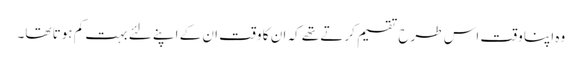
وہ اپنا وقت اس طرح تقسیم کرتے تھے کہ ان کا وقت ان کے اپنے لئے بہت کم ہوتا تھا۔